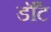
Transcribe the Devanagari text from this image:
डॉँट